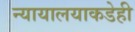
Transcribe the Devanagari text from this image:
न्यायालयाकडेही